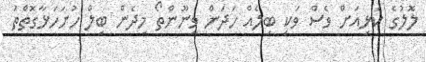
ލޮލުގެ ކަޅިއަށް ވެސް ވަކި ބިލެއް ހަދަން ވީނޫންތޯ މިދެން ބިލް ހުށަހަޅާގޮތްތަ